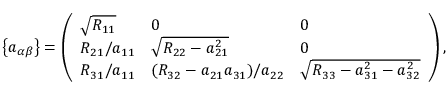
\left\{ a _ { \alpha \beta } \right\} = \left( \begin{array} { l l l } { \sqrt { R _ { 1 1 } } } & { 0 } & { 0 } \\ { R _ { 2 1 } / a _ { 1 1 } } & { \sqrt { R _ { 2 2 } - a _ { 2 1 } ^ { 2 } } } & { 0 } \\ { R _ { 3 1 } / a _ { 1 1 } } & { ( R _ { 3 2 } - a _ { 2 1 } a _ { 3 1 } ) / a _ { 2 2 } } & { \sqrt { R _ { 3 3 } - a _ { 3 1 } ^ { 2 } - a _ { 3 2 } ^ { 2 } } } \end{array} \right) ,